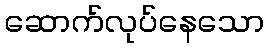
ဆောက်လုပ်နေသော